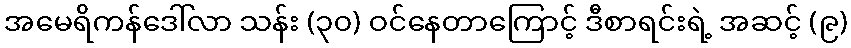
အမေရိကန်ဒေါ်လာ သန်း (၃၀) ဝင်နေတာကြောင့် ဒီစာရင်းရဲ့ အဆင့် (၉)